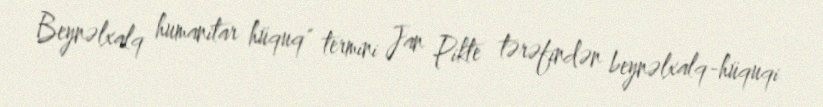
Beynəlxalq humanitar hüquq" termini Jan Pikte tərəfindən beynəlxalq-hüquqi